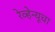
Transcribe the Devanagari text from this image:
रेव्हेन्यूचा